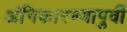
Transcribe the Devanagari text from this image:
अंगिकारण्यापुर्वी